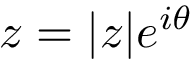
z = | z | e ^ { i \theta }